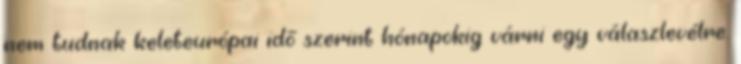
nem tudnak keleteurópai idő szerint hónapokig várni egy válaszlevélre.